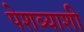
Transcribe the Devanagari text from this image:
पेशव्याशी